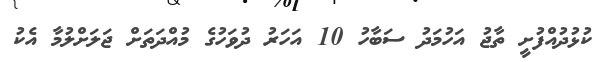
ކުޅުދުއްފުށީ ތާޖު އަހުމަދު ސަބާހު 10 އަހަރު ދުވަހުގެ މުއްދަތަށް ޖަލަށްލުމާ އެކު